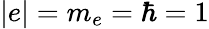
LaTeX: |e|=m_{e}=\hbar=1